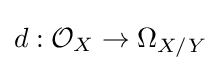
d:{\mathcal {O}}_{X}\to \Omega _{X/Y}